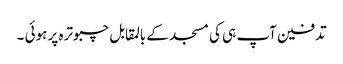
تدفین آپ ہی کی مسجد کے بالمقابل چبوترہ پر ہوئی ۔